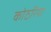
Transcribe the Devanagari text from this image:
कोठरिया